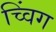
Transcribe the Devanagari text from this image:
च्विंग